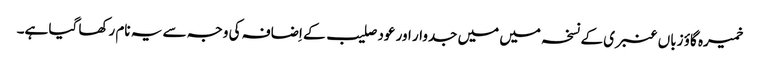
خمیرہ گاؤ زباں عنبری کے نسخہ میں میں جدوار اور عود صلیب کے اِضافہ کی وجہ سے یہ نام رکھا گیا ہے۔